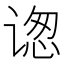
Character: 𬤋